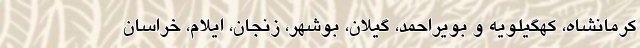
کرمانشاه، کهگیلویه و بویراحمد، گیلان، بوشهر، زنجان، ایلام، خراسان